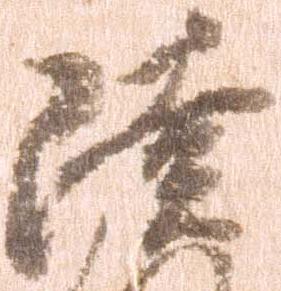
陸